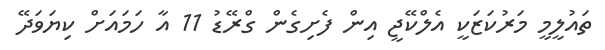
ތައުލީމީ މަރުކަޒަކީ އެލްކޭޖީ އިން ފެށިގެން ގްރޭޑު 11 އާ ހަމައަށް ކިޔަވަދޭ